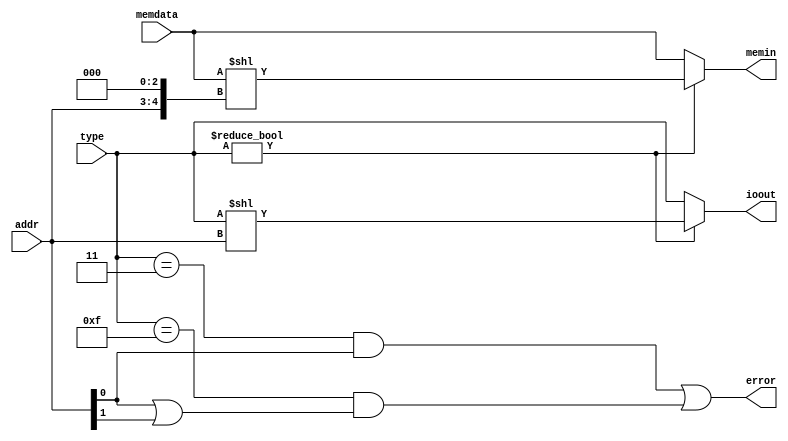
`timescale 1ns / 1ps
module memc(
memdata,
addr,
type,
ioout,
memin,
error
    );
input [31:0] memdata;
input [1:0] addr;
input [3:0] type;

output [3:0] ioout;
output [31:0] memin;
output error;
assign ioout = (type !=0)? (type<<addr):type;
assign memin = (type!=0)? (memdata<<{{addr},3'b000}):memdata;
assign error = ((type == 4'b0011) & (addr[0])) | ((type == 4'b1111) & (addr[0] | addr[1]));
endmodule